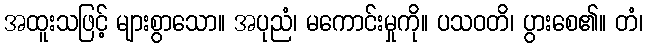
အထူးသဖြင့် များစွာသော။ အပုညံ၊ မကောင်းမှုကို။ ပသဝတိ၊ ပွားစေ၏။ တံ၊